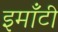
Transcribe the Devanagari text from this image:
इमाँटी